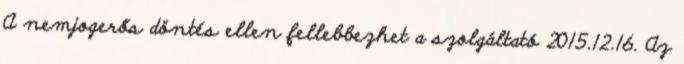
A nemjogerős döntés ellen fellebbezhet a szolgáltató 2015.12.16. Az